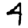
Digit: 4